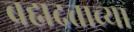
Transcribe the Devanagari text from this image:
ब्रह्मदत्ताच्या